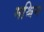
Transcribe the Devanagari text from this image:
मश्चिम